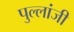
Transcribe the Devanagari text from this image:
पुल्लांजी